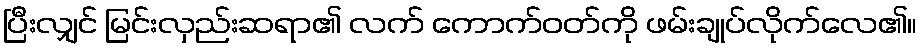
ပြီးလျှင် မြင်းလှည်းဆရာ၏ လက် ကောက်ဝတ်ကို ဖမ်းချုပ်လိုက်လေ၏။